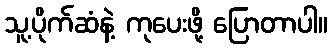
သူ့ပိုက်ဆံနဲ့ ကုပေးဖို့ ပြောတာပါ။